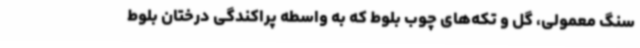
سنگ معمولی، گل و تکه‌های چوب بلوط که به واسطه پراکندگی درختان بلوط